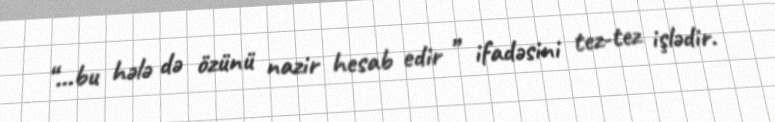
“...bu hələ də özünü nazir hesab edir ” ifadəsini tez-tez işlədir.